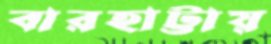
বারহাট্টায়